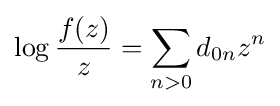
\log {\frac {f(z)}{z}}=\sum _{n>0}d_{0n}z^{n}